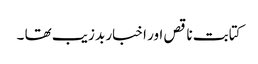
کتابت ناقص اور اخبار بد زیب تھا ۔